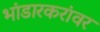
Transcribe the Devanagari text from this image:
भांडारकरांवर